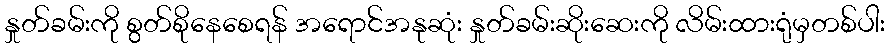
နှုတ်ခမ်းကို စွတ်စိုနေစေရန် အရောင်အနုဆုံး နှုတ်ခမ်းဆိုးဆေးကို လိမ်းထားရုံမှတစ်ပါး